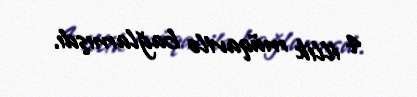
4 illik müqavilə bağlamışdı.